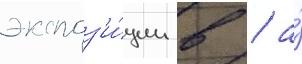
экспоз'и́ции в / а́